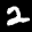
Label: 2